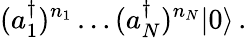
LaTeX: (a_{1}^{\dagger})^{n_{1}}\ldots(a_{N}^{\dagger})^{n_{N}}|0\rangle\, .